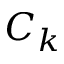
C _ { k }